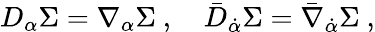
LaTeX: D_{\alpha}\Sigma=\nabla_{\alpha}\Sigma\ ,\quad\bar{D}_{\dot{\alpha}}\Sigma=\bar{\nabla}_{\dot{\alpha}}\Sigma\ ,